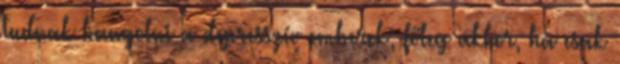
tudnak hangolni a depresszív emberek; főleg akkor, ha csak